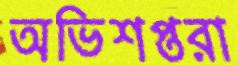
অভিশপ্তরা